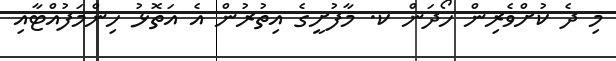
މި ދެ ކުށްވެރިން ހޯދަން ކ. މާފުށީގެ އިތުރުން އެ އަތޮޅު ހިންމަފުއްޓާއި